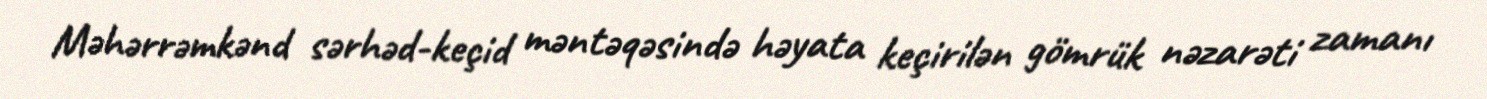
Məhərrəmkənd sərhəd-keçid məntəqəsində həyata keçirilən gömrük nəzarəti zamanı